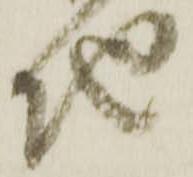
地